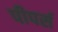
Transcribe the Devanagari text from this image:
पीपर्स